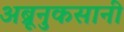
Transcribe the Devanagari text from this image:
अब्रूनुकसानी